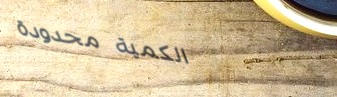
الكمية محدودة